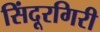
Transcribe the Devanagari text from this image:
सिंदूरगिरी